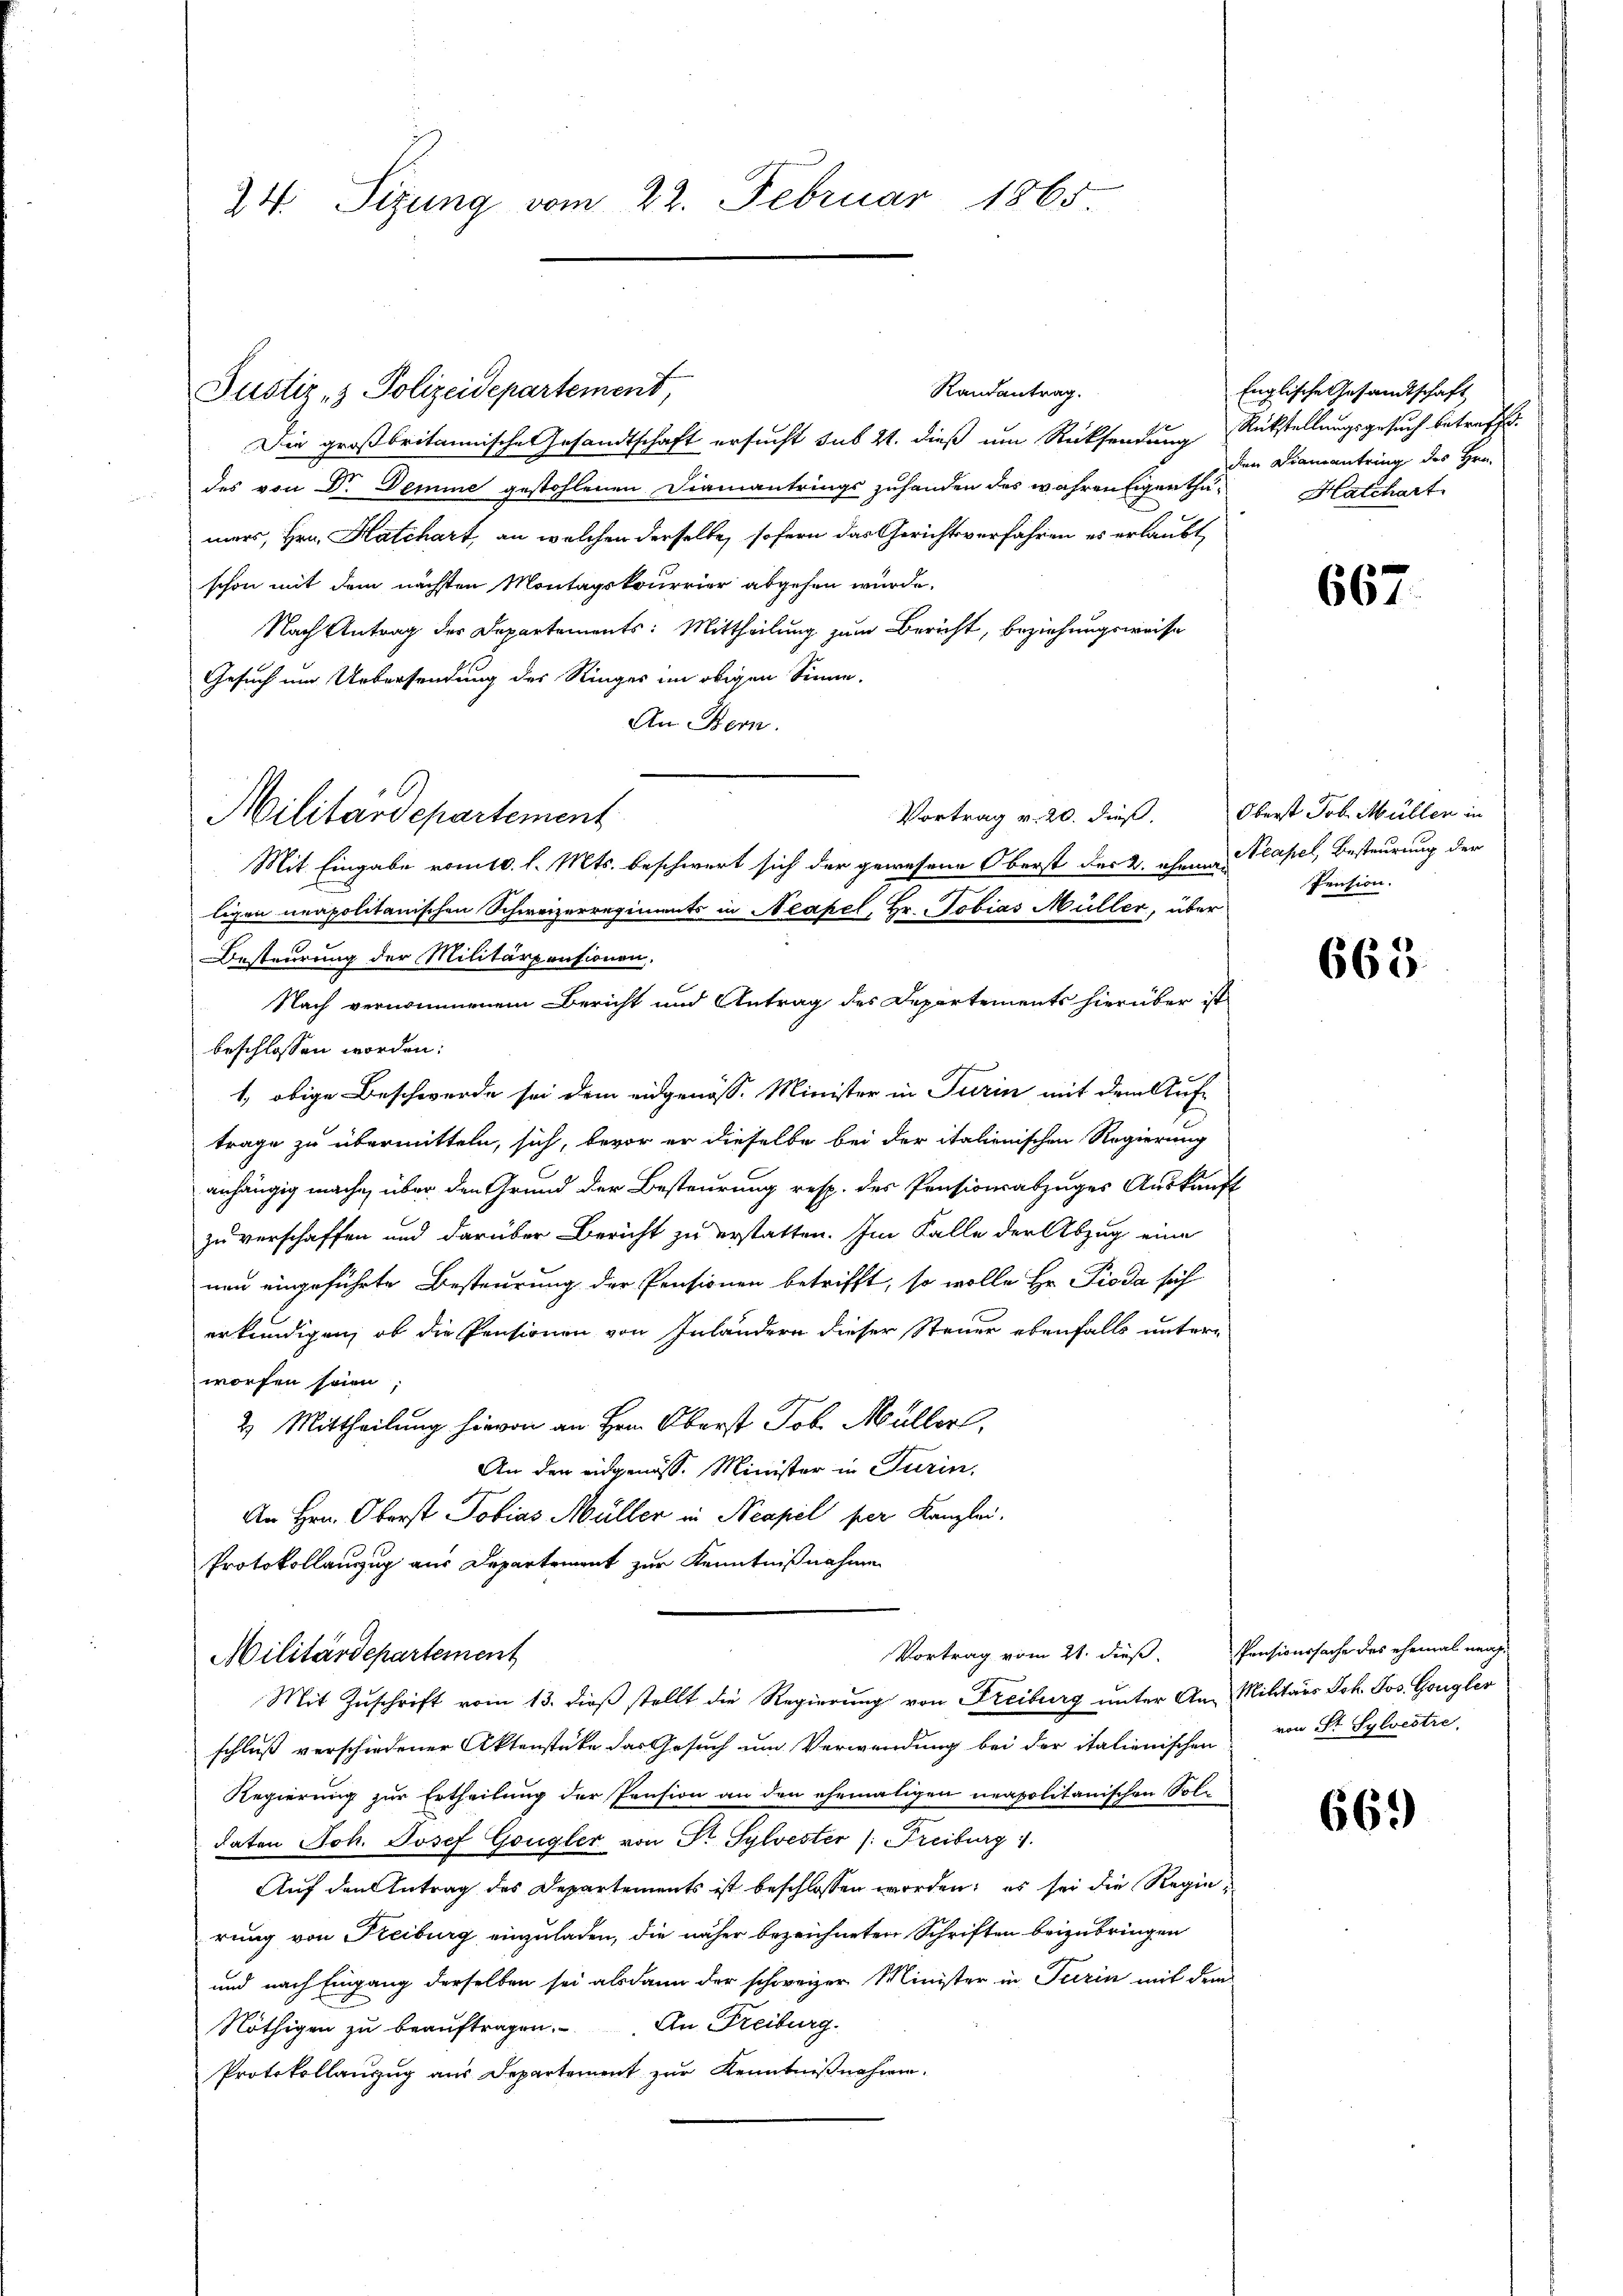
24. Sizung vom 22. Februar 1865

Militärdepartement

Randantrag.
Justiz- & Polizeidepartement,
Die großbritannische Gesandtschaft ersucht sub 21. dieß um Rücksendung Rükstellungsgesuch betreffe.
des von Dr. Demine gestohlenen Diamantrings zuhanden des wahren Eigenthamers, Hrn. Katchart, an welchen derselbe, sofern das Gerichtsverfahren es erlaubt,
schon mit dem nächsten Montagskourrier abgehen wurde.
Nach Antrag der Departements: Mittheilung zum Bericht, beziehungsweise
Gesuch um Uebersendung der Ringer im obigen Sinne.
An Bern.
Besteurung der Militärpensionen,
Nach vernommenem Bericht und Antrag des Departements hierüber ist
beschlossen worden:
1, obige Beschwerde sei dem eidgenöss. Minister in Turin mit dem Auf-
trage zu übermitteln, sich, bevor er dieselbe bei der italienischen Regierung
anhängig mache, über den Grund der Besteurung resp. des Pensionsabzuges Auskunft
zu verschaffen und darüber Bericht zu erstatten. Im Falle der Abzug eine
neu eingeführte Besteurung der Pensionen betrifft, so wolle Hr. Pioda sich
erkundigen, ob die Pensionen von Inländern dieser Steuer ebenfalls unter-
worfen seien;
2. Mittheilung hievon an Hrn. Oberst Job Müller,
An den eidgenöss. Minister in Turin,
An Hrn. Oberst Tobias Müller in Neapel per Kanzlei.
Protokollanzug aus Departement zur Kenntnißnahme
Vortrag vom 21. dieß. Pensionssache des ehemal nach-
Militärdepartement
Mit Zuschrift vom 13. dieß stellt die Regierung von Freiburg unter An- Militärs Joh. Jos. Gongler
schluß verschiedener Aktenstüke das Gesuch um Verwendung bei der italienischen
Regierung zur Ertheilung der Pension an den ehemaligen ueapolitanischen Soldaten Joh. Josef Gongler von St. Sylvester /: Freiburg 1.
Auf den Antrag des Departements ist beschlossen worden; es sei die Regierung von Freiburg einzuladen, die näher bezeichneten Schriften beizubringen
und nach Eingang derselben sei alsdann der schweizer Minister in Turin mit dem
Nöthigen zu beauftragen. An Freiburg.
Protokollanzug aus Departement zur Kenntnißnahmen.

Vortrag v. 20. dieß.
Mit Eingabe vom 10. l. Mts. beschwert sich der gewesene Oberst der B. ehema-
ligen neapolitanischen Schweizerregiments in Neapel, Hr. Tobias Müller, über

Englische Gesandtschaft
den Diamantring des Hrn.
Hatchart.

667.

Oberst Job. Müller in
Neapel, Besteurung der
Pension.

665.

von St. Sylvestre

669